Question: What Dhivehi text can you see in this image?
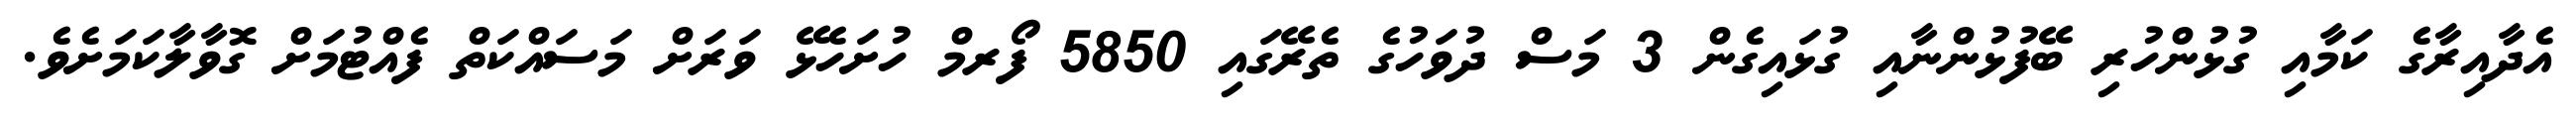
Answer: އެދާއިރާގެ ކަމާއި ގުޅުންހުރި ބޭފުޅުންނާއި ގުޅައިގެން 3 މަސް ދުވަހުގެ ތެރޭގައި 5850 ފޯރމް ހުށަހެޅޭ ވަރަށް މަސައްކަތް ފެއްޓުމަށް ގޮވާލާކަމަށެވެ.